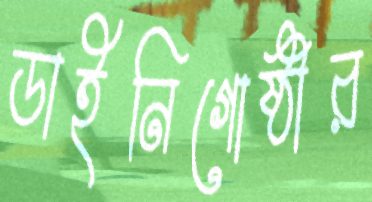
ডাইনিগোষ্ঠীর